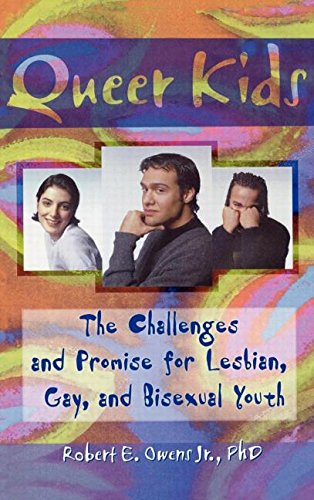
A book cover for Queer Kids: The Challenges and Promise for Lesbian, Gay, and Bisexual Youth (Haworth Gay & Lesbian Studies); John Dececco  Phd; Gay & Lesbian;